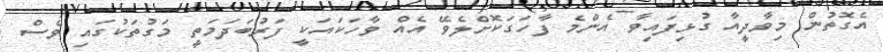
އެގޮތުން މިވާދީއާ ގުޅިފައިވާ އެންމެ ފާހަގަކޮށްލެވޭ އެއް ވާހަކައަކީ ފަރުބަދަމަތީ މަގުތަކުގައި ވެސް